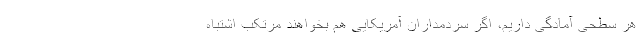
هر سطحی آمادگی داریم، اگر سردمداران آمریکایی هم بخواهند مرتکب اشتباه